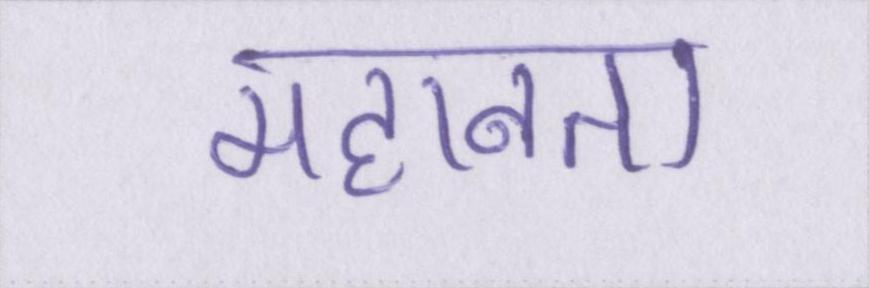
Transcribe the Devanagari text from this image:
महानता